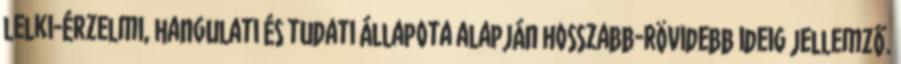
lelki-érzelmi, hangulati és tudati állapota alapján hosszabb-rövidebb ideig jellemző.